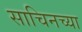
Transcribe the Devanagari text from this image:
साचिनच्या